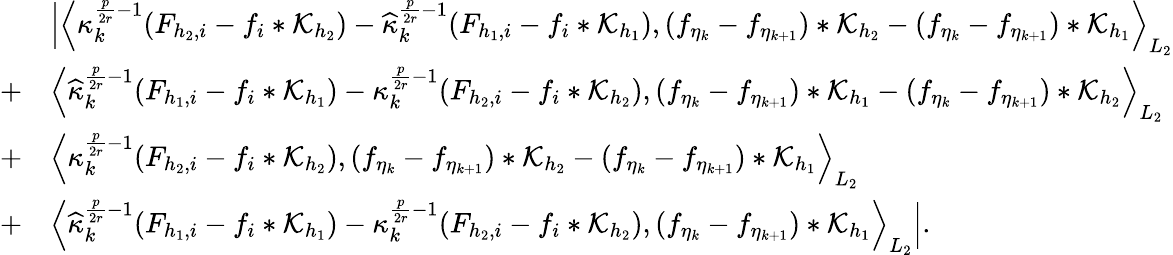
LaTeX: \begin{array}{rl}&{\Big|\Big\langle\kappa_{k}^{\frac{p}{2r}-1}(F_{{h_{2}},i}-f_{i}*\mathcal{K}_{h_{2}})-\widehat{\kappa}_{k}^{\frac{p}{2r}-1}(F_{{h_{1}},i}-f_{i}*\mathcal{K}_{h_{1}}),(f_{\eta_{k}}-f_{\eta_{k+1}})*\mathcal{K}_{h_{2}}-(f_{\eta_{k}}-f_{\eta_{k+1}})*\mathcal{K}_{h_{1}}\Big\rangle_{L_{2}}}\\ {+}&{\Big\langle\widehat{\kappa}_{k}^{\frac{p}{2r}-1}(F_{{h_{1}},i}-f_{i}*\mathcal{K}_{h_{1}})-\kappa_{k}^{\frac{p}{2r}-1}(F_{{h_{2}},i}-f_{i}*\mathcal{K}_{h_{2}}),(f_{\eta_{k}}-f_{\eta_{k+1}})*\mathcal{K}_{h_{1}}-(f_{\eta_{k}}-f_{\eta_{k+1}})*\mathcal{K}_{h_{2}}\Big\rangle_{L_{2}}}\\ {+}&{\Big\langle\kappa_{k}^{\frac{p}{2r}-1}(F_{{h_{2}},i}-f_{i}*\mathcal{K}_{h_{2}}),(f_{\eta_{k}}-f_{\eta_{k+1}})*\mathcal{K}_{h_{2}}-(f_{\eta_{k}}-f_{\eta_{k+1}})*\mathcal{K}_{h_{1}}\Big\rangle_{L_{2}}}\\ {+}&{\Big\langle\widehat{\kappa}_{k}^{\frac{p}{2r}-1}(F_{{h_{1}},i}-f_{i}*\mathcal{K}_{h_{1}})-\kappa_{k}^{\frac{p}{2r}-1}(F_{{h_{2}},i}-f_{i}*\mathcal{K}_{h_{2}}),(f_{\eta_{k}}-f_{\eta_{k+1}})*\mathcal{K}_{h_{1}}\Big\rangle_{L_{2}}\Big|.}\end{array}